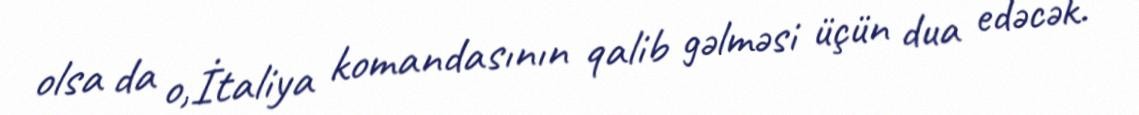
olsa da o,İtaliya komandasının qalib gəlməsi üçün dua edəcək.